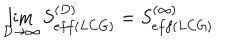
\lim _ { D \rightarrow \infty } S _ { e f f ( L C G ) } ^ { ( D ) } = S _ { e f f ( L C G ) } ^ { ( \infty ) }